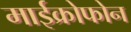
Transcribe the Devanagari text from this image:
माईक्रोफोन